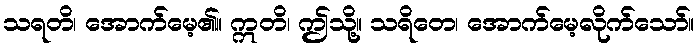
သရတိ၊ အောက်မေ့၏။ ဣတိ၊ ဤသို့။ သရိတေ၊ အောက်မေ့လိုက်သော်။